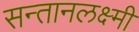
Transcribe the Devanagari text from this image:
सन्तानलक्ष्मी